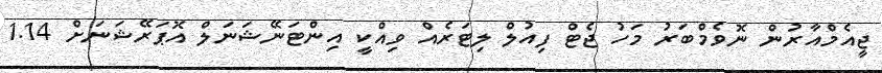
ޖީއެމްއާރުން ނޮވެމްބަރު މަހު ޖެޓް ފިއުލް ލިޓަރެއް ވިއްކީ އިންޓަނޭޝަނަލް އޮޕަރޭޝަނަށް 1.14